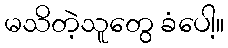
မသိတဲ့သူတွေ ခံပေါ့။